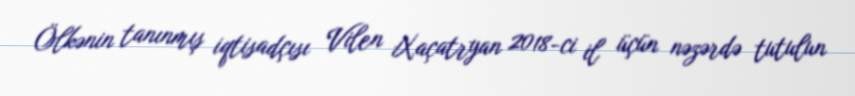
Ölkənin tanınmış iqtisadçısı Vilen Xaçatryan 2018-ci il üçün nəzərdə tutulun